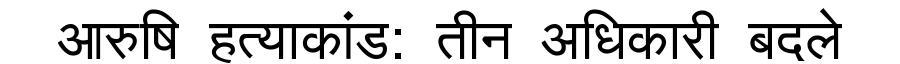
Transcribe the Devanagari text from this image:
आरुषि हत्याकांड: तीन अधिकारी बदले